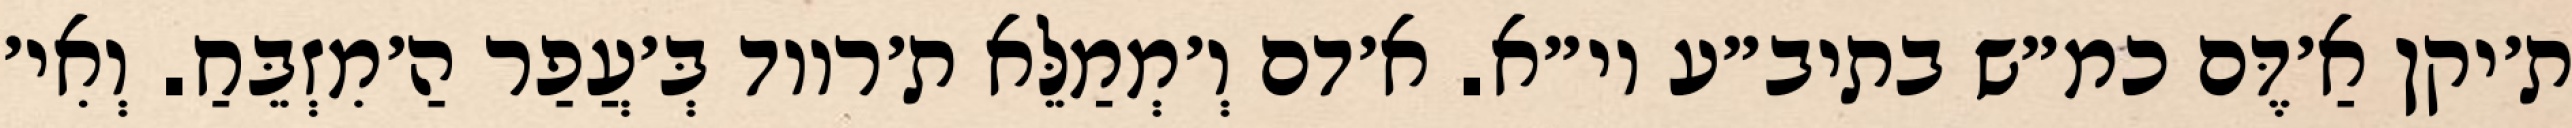
ת׳יקן אַ׳דֶּם כמ״ש בתיב״ע וי״א. א׳דם וְ׳מְמַלֵּא ת׳רווד בְּ׳עֲפַר הַ׳מִזְבֵּחַ. וְאִי׳